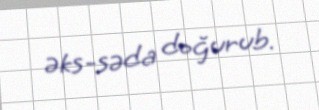
əks-səda doğurub.